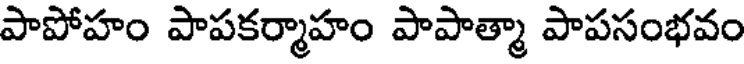
పాపోహం పాపకర్మాహం పాపాత్మా పాపసంభవం